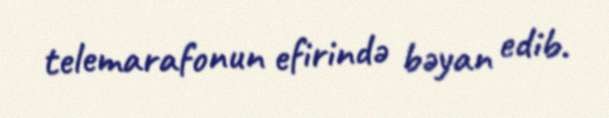
telemarafonun efirində bəyan edib.